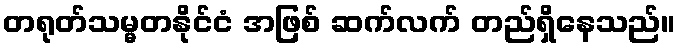
တရုတ်သမ္မတနိုင်ငံ အဖြစ် ဆက်လက် တည်ရှိနေသည်။